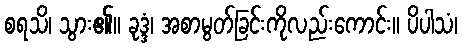
စရသိ၊ သွား၏။ ခုဒ္ဒံ၊ အစာမွတ်ခြင်းကိုလည်းကောင်း။ ပိပါသံ၊